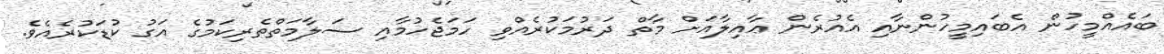
ބައެއްމީހުން އެބައިމީހުންނާއި އެއުރެން ޢާއިލާއަށް މާތް ދަރުމަކުރެއްވި ހަމަޖެހުމާއި ސަލާމަތްތެރިކަމުގެ އަގު ކުޑަކުރެއެވެ.